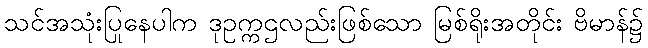
သင်အသုံးပြုနေပါက ဒုဥက္ကဌလည်းဖြစ်သော မြစ်ရိုးအတိုင်း ဗိမာန်၌